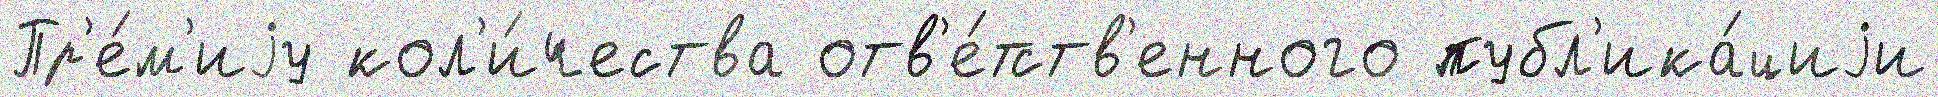
Пр'е́м'иjу кол'и́чества отв'е́тств'енного публ'ика́циjи